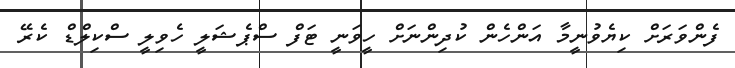
ފެންވަރަށް ކިޔެވުނީމާ އަންހެން ކުދިންނަށް ހީވަނީ ޓަފް ސްޕެޝަލީ ހެވިލީ ސްކިލްޑް ކެރޭ